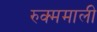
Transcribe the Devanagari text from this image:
रुक्ममाली